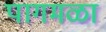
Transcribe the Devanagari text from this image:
पागमळा